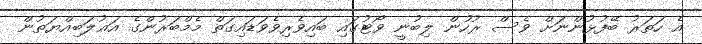
އެ ހަތަރު ބޭފުޅުންނަށް ވެސް ރުހުން ލިބުނީ ވޯޓުގައި ބައިވެރިވެވަޑައިގަތް މެމްބަރުންގެ އަޣުލަބިއްޔަތުން